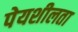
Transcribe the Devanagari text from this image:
पेयशीलता